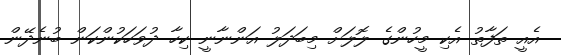
އެއީ ތަފާތު އެކި މީހުންގެ ލޮލަށް މިބަދަލު އަންނާނީ ކިހާ ދުވަހަކުންކަން ބުނެދޭން